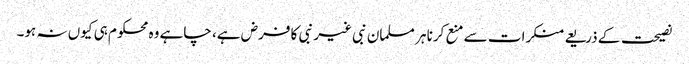
نصیحت کے ذریعے منکرات سے منع کرنا ہر مسلمان نبی غیر نبی کا فرض ہے، چاہے وہ محکوم ہی کیوں نہ ہو۔